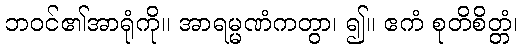
ဘဝင်၏အာရုံကို။ အာရမ္မဏံကတွာ၊ ၍။ ဧကံ စုတိစိတ္တံ၊